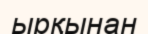
ырқынан